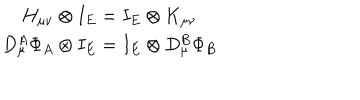
LaTeX: \begin{array} { c } { { H _ { \mu \nu } \otimes I _ { E } = I _ { E } \otimes K _ { \mu \nu } } } \\ { { D _ { \mu } ^ { A } \Phi _ { A } \otimes I _ { E } = I _ { E } \otimes D _ { \mu } ^ { B } \Phi _ { B } } } \\ \end{array}